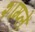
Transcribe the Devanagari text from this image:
शाम्प्लें